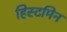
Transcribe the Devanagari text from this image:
हिस्टमिन